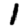
Digit: 1